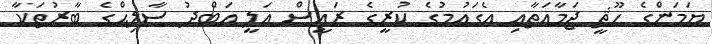
ޔަމަންގެ ހޫޘީ ޖަމާއަތާއި އެގައުމުގެ ކުރީގެ ރައީސް އަލީ އަބްދު ސާލިޙްގެ ބާރުތަކާ